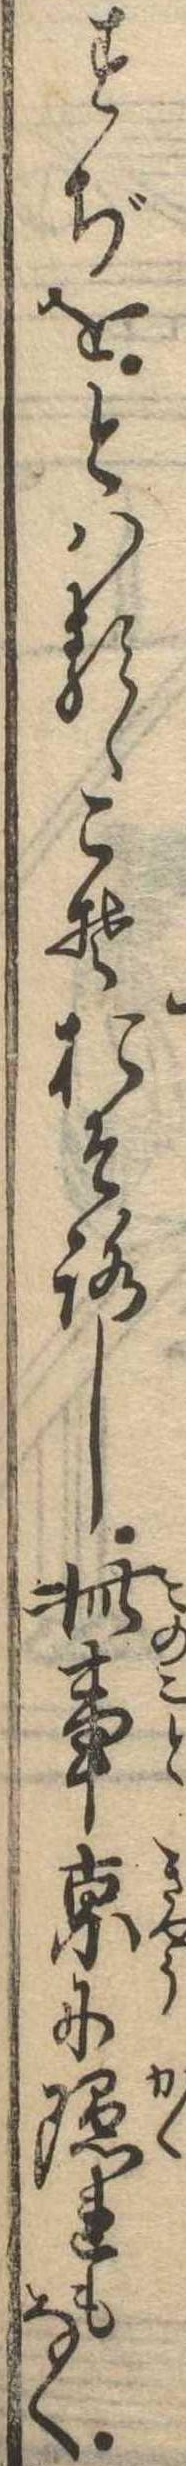
すぢをとはるゝこそおそろし此事京に隠れもなく